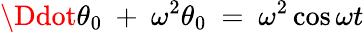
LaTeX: \Ddot{\theta}_{0}\ +\ \omega^{2}\theta_{0}\ =\ \omega^{2}\cos{\omega t}